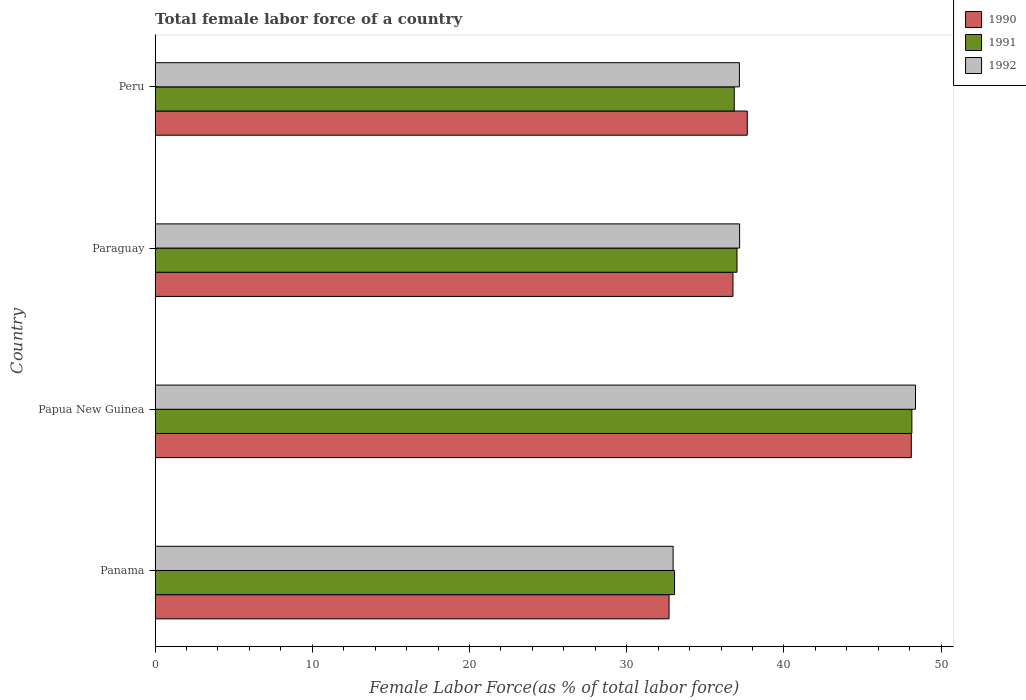
| Country | 1990 | 1991 | 1992 |
 | --- | --- | --- | --- |
 | Panama | 32.7 | 33 | 32.9 |
 | Papua New Guinea | 48.1 | 48.1 | 48.4 |
 | Paraguay | 36.8 | 37 | 37.2 |
 | Peru | 37.7 | 36.8 | 37.2 |